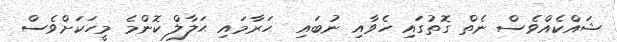
ޝައްކެއްވެސް ނެތް ގޮތުގައި ހެވާއި ނުބައި  ޙަރާމައި ޙަލާލް ކޮންމެ މީހަކަށްވެސް